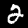
Label: 2